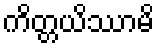
ကိတ္တယိဿာမိ